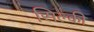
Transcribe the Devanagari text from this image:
सिल्की